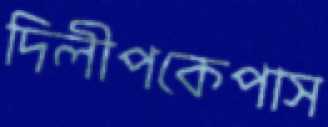
দিলীপকেপাস